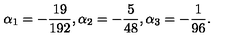
\alpha _ { 1 } = - \frac { 1 9 } { 1 9 2 } , \alpha _ { 2 } = - \frac { 5 } { 4 8 } , \alpha _ { 3 } = - \frac { 1 } { 9 6 } .